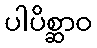
ပါပိစ္ဆာဝ